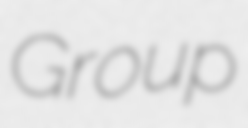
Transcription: Group